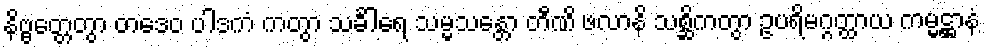
နိဗ္ဗတ္တေတွာ တဒေဝ ပါဒကံ ကတွာ သင်္ခါရေ သမ္မသန္တော တီဏိ ဖလာနိ သစ္ဆိကတွာ ဥပရိမဂ္ဂတ္ထာယ ကမ္မဋ္ဌာနံ